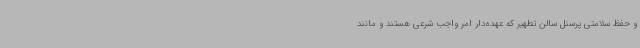
و حفظ سلامتی پرسنل سالن تطهیر که عهده‌دار امر واجب شرعی هستند و مانند